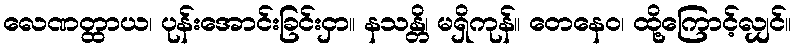
လေဏတ္ထာယ၊ ပုန်းအောင်းခြင်းငှာ။ နသန္တိ၊ မရှိကုန်။ တေနေဝ၊ ထို့ကြောင့်လျှင်။